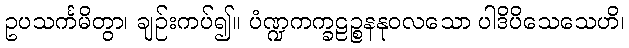
ဥပသင်္ကမိတွာ၊ ချဉ်းကပ်၍။ ပံဏ္ဍကက္ခဠဉ္စနနုဝလသော ပါဒိပိသေသေဟိ၊